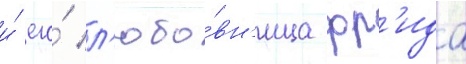
и́ его́ л'юбо́вн'ица фр'ида